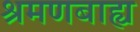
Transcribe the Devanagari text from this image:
श्रमणबाह्य